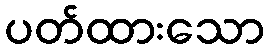
ပတ်ထားသော